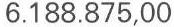
6.188.875,00